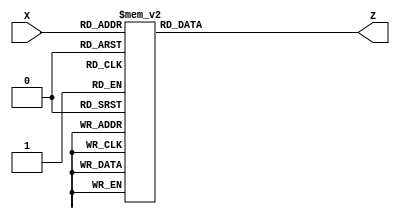
`timescale 1ns / 1ps

/****************************** C E C S  3 0 1 ******************************
 * 
 * Project:       Lab_Assignment_?
 * Designer:      Garrett Cross
 * Rev. No.:      Version 1.0
 * Rev. Date:     9/30/18
 *
 * Purpose:       hex-to-7segment decoder for use with common anode display.
 *                Takes in 4-bit input X[3:0], outputs 7-bit Z[6:0]
 *
 ****************************************************************************/

module hexto7(X, Z);

    input      [3:0] X;
    output reg [6:0] Z;
    
    always @ (X)
        case (X)
            4'b0000 : Z = 7'b1000000 ;
            4'b0001 : Z = 7'b1111001 ;
            4'b0010 : Z = 7'b0100100 ;
            4'b0011 : Z = 7'b0110000 ;
            4'b0100 : Z = 7'b0011001 ;
            4'b0101 : Z = 7'b0010010 ;
            4'b0110 : Z = 7'b0000010 ;
            4'b0111 : Z = 7'b1011000 ;
            4'b1000 : Z = 7'b0000000 ;
            4'b1001 : Z = 7'b0010000 ;
            4'b1010 : Z = 7'b0001000 ;
            4'b1011 : Z = 7'b0000011 ;
            4'b1100 : Z = 7'b1000110 ;
            4'b1101 : Z = 7'b0100001 ;
            4'b1110 : Z = 7'b0000110 ;
            4'b1111 : Z = 7'b0001110 ;
            default : Z = 7'b0111111 ;           
        endcase
        
endmodule